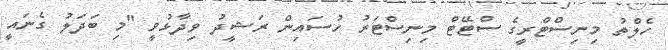
ހެލްތު މިނިސްޓްރީގެ ސްޓޭޓް މިނިސްޓަރު ހުސައިން ރަޝީދު ވިދާޅުވީ "މި ބަދަލު ގެނައީ